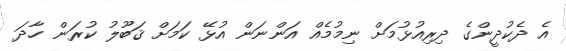
އެ ދެކުދީންގެ ދިރިއުޅުމަށް ނިމުމެއް އަންނަން އުޅޭ ކަމަށް ޤަބޫލު ކުރަން ހާދަ